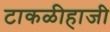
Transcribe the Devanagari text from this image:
टाकळीहाजी